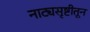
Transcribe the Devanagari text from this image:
नाट्यसृष्टीतून